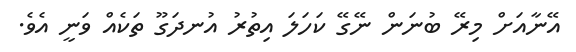
އޭނާއަށް މިރޭ ބުނަން ނޭގޭ ކަހަލަ އިތުރު އުނދަގޫ ތަކެއް ވަނީ އެވެ.